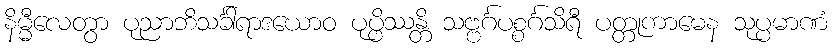
နိမ္မီလေတွာ ပုညာဘိသင်္ခါရာဒယောဝ ပုပ္ဖိဿန္တိ သဗ္ဗင်္ဂပစ္စင်္ဂသိရီ ပတ္တုကာမေန သုပ္ပမာဏံ